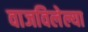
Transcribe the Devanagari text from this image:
वाजविलेल्या